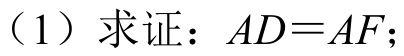
（1）求证：\(AD = AF\)；